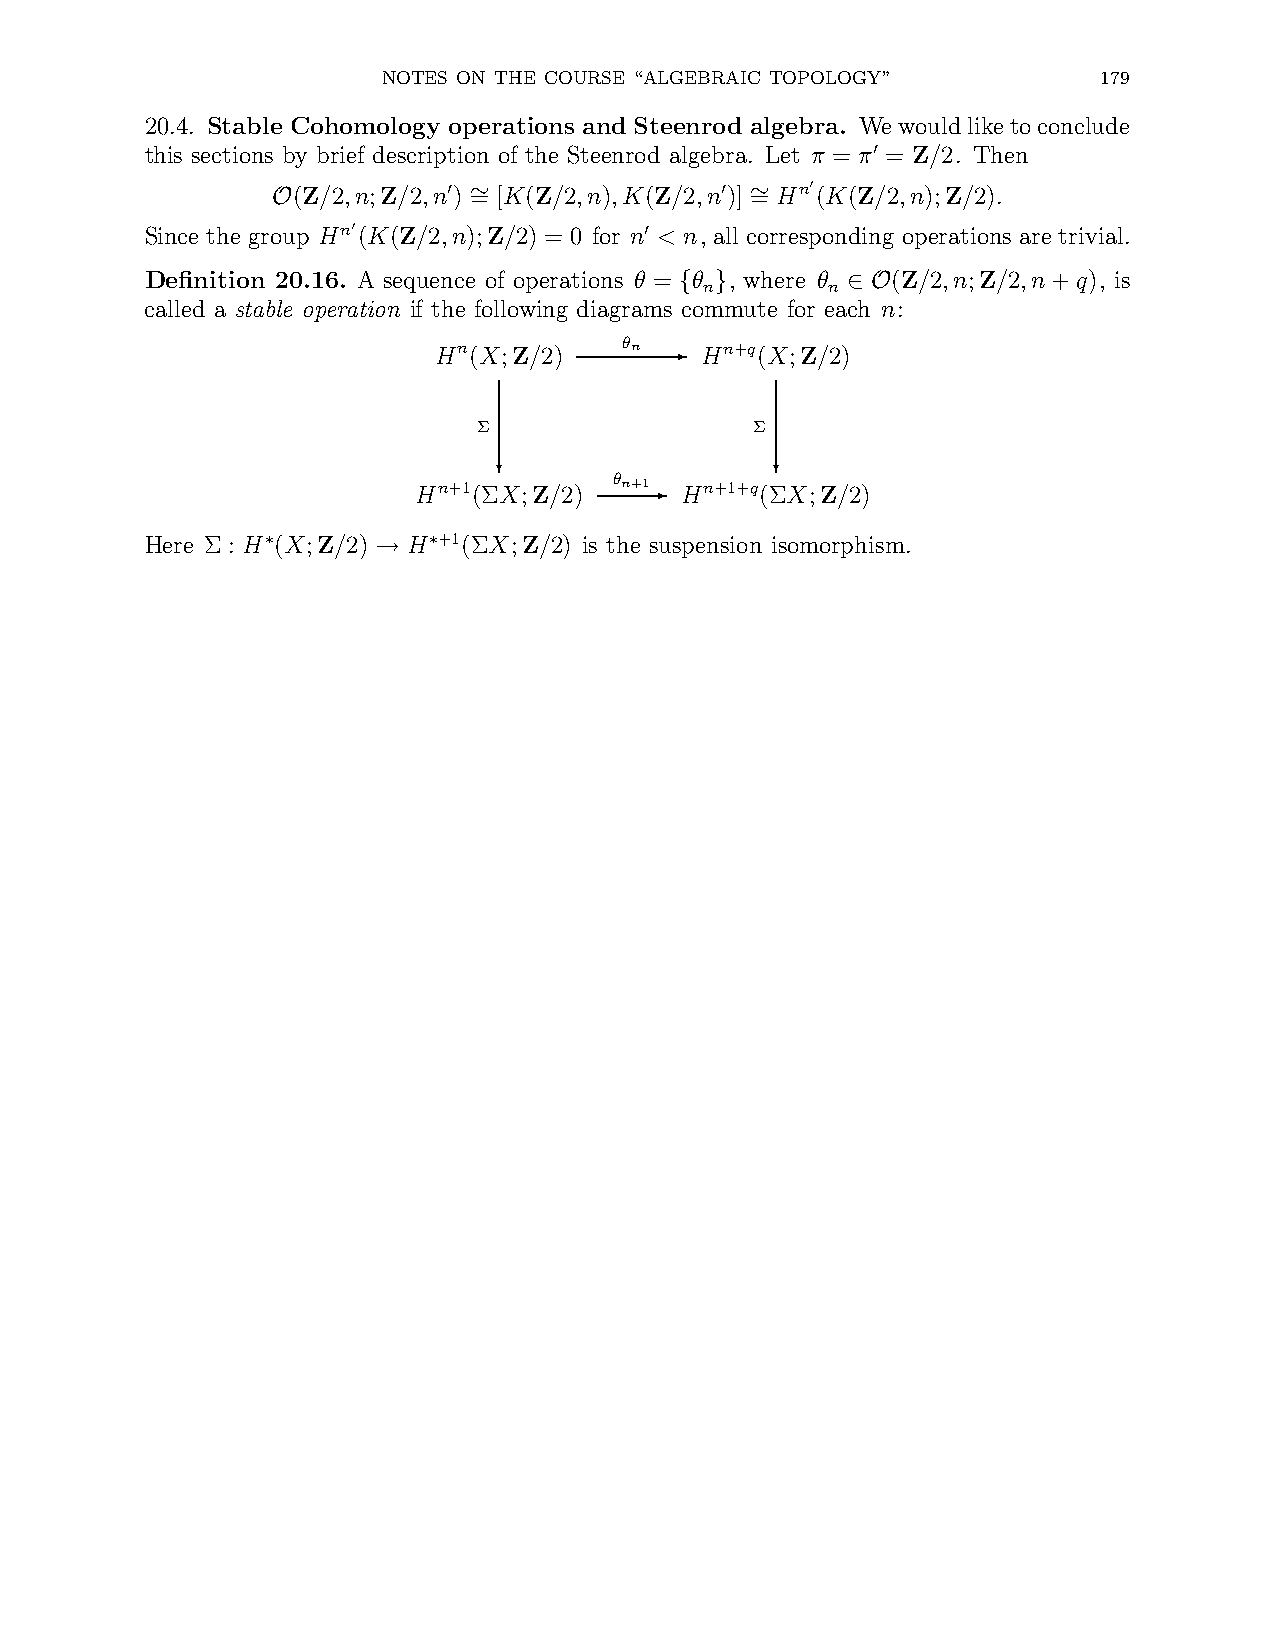
NOTES ON THE COURSE “ALGEBRAIC TOPOLOGY”        179
 20.4. Stable Cohomology operations and Steenrod algebra. Wewouldliketoconclude
 this sections by brief description of the Steenrod algebra. Let π = π = Z/2. Then
 ′
 (Z/2,n;Z/2,n) = [K(Z/2,n),K(Z/2,n)] =
 Hn′
 (K(Z/2,n);Z/2).
 ′ ∼               ′ ∼
 O
 Since the group
 Hn′
 (K(Z/2,n);Z/2) = 0 for n < n, all corresponding operations are trivial.
 ′
 Definition 20.16. A sequence of operations θ = θ , where θ (Z/2,n;Z/2,n+q), is
 n       n
 { }        ∈ O
 called a stable operation if the following diagrams commute for each n:
 Hn(X;Z/2)   θn - Hn+q(X;Z/2)
 Σ                 Σ
 ?                 ?
 Hn+1(ΣX;Z/2)
 θn+1-
 Hn+1+q(ΣX;Z/2)
 Here Σ : H (X;Z/2) H +1(ΣX;Z/2) is the suspension isomorphism.
 ∗         ∗
 →